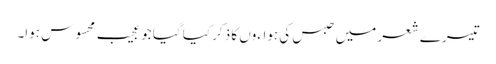
تیسرے شعر میں حبس کی ہواءوں کا ذکر کیا گیا جو عجیب محسوس ہوا۔